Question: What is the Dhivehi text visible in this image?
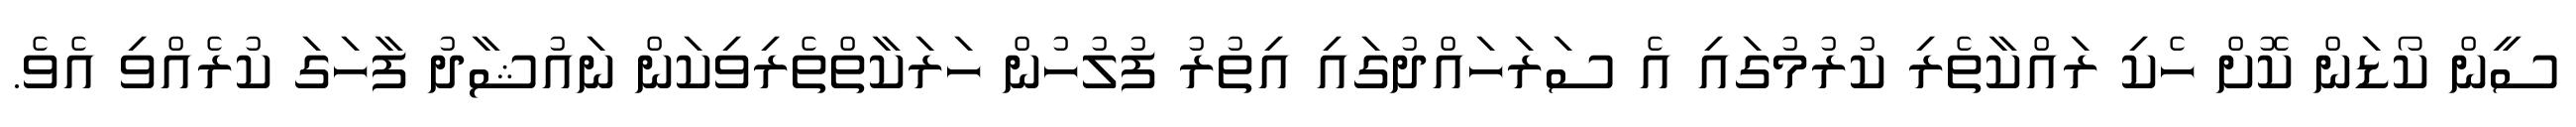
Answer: ސީން ކޯޑަން ކޮށް ހެކި ރައްކާތެރި ކުރުމުގައި އެ ސަރަހައްދުގައި އިތުރު ފުލުހުން ހަރަކާތްތެރިވިކަން ނައުޝާދު ފާހަގަ ކުރެއްވި އެވެ.